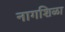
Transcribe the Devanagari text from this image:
नागशिळा